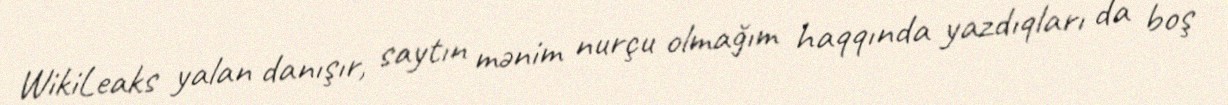
WikiLeaks yalan danışır, saytın mənim nurçu olmağım haqqında yazdıqları da boş